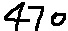
Text: 470